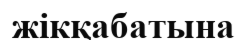
жікқабатына